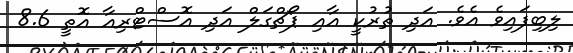
ލިބިފައިވެ އެވެ. އަދި ތުރުކީ އާއި ޕޯޗްގަލް އަދި އޮސްޓްރިއާ އޮތީ 8.6